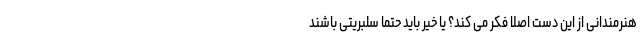
هنرمندانی از این دست اصلا فکر می کند؟ یا خیر باید حتما سلبریتی باشند